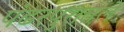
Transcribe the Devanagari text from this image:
पंढरपुरातले